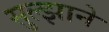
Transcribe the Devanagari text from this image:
सुल्झाने